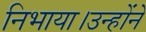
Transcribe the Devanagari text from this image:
निभाया।उन्होंने